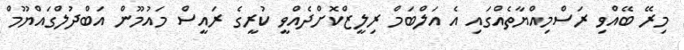
މިރޭ ބޭއްވި ރަސްމިއްޔާތެއްގައި އެ އަލްބަމް ރިލީޒްކޮށްދެއްވީ ކުރީގެ ރައީސް މައުމޫން އަބްދުލްގައްޔޫމް